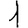
Digit: 1